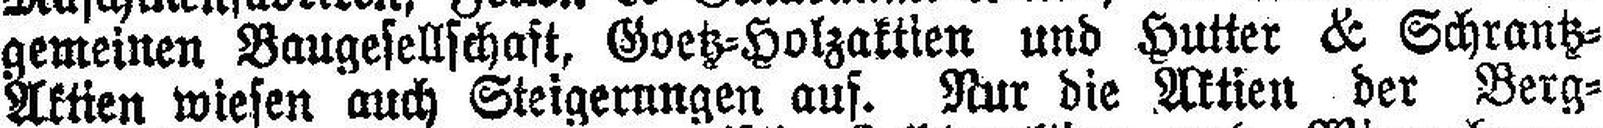
gemeinen Baugesellschaft, Goetz=Holzaktien und Hutter & Schrantz=